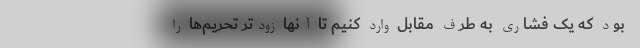
بود که یک فشاری به طرف مقابل وارد کنیم تا آنها زودتر تحریم‌ها را